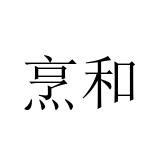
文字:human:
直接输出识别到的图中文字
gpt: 烹和